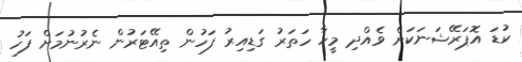
ކުޑަ އޮޕަރޭޝަނަކަށް ވެއްދި މީހާ ހަތަރު ގަޑިއިރު ފަހުން ތިއޭޓަރުން ނެރުނުމަށް ފަހު